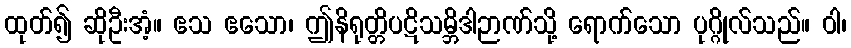
ထုတ်၍ ဆိုဦးအံ့။ ဧသ ဧသော၊ ဤနိရုတ္တိပဋိသမ္ဘိဒါဉာဏ်သို့ ရောက်သော ပုဂ္ဂိုလ်သည်။ ဝါ၊